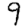
Digit: 9